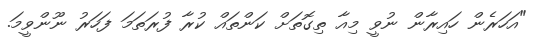
"އަހަރެން ހައިރާން ނުވީ މިއާ ތިގޮތަށް ކަންތައް ކުރާ ފުރަތަމަ ފަހަރު ނޫންވީމަ.